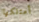
أمتلكها